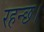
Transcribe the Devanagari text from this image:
रहन्छ।